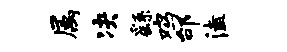
属决繇鸡邰溘